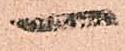
一